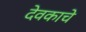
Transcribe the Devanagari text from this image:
देवकाचे